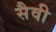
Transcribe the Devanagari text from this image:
सैवी